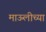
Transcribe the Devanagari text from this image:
माऊलीच्या